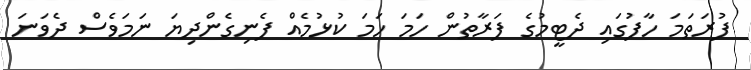
ފުރަތަމަ ހާފުގައި ދެޓީމުގެ ފަރާތުން ހަމަ ހަމަ ކުޅުމެއް ފެނިގެންދިޔަ ނަމަވެސް ދެވަނަ